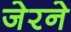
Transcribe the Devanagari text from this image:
जेरने